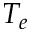
T _ { e }